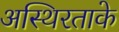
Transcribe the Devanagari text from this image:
अस्थिरताके